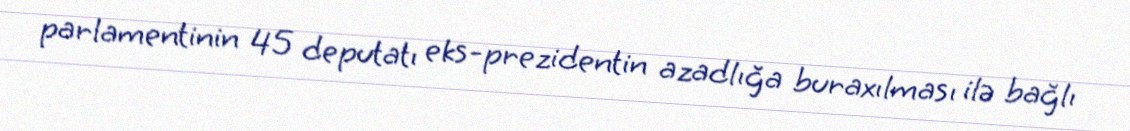
parlamentinin 45 deputatı eks-prezidentin azadlığa buraxılması ilə bağlı